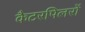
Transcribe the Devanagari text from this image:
कैटरपिलरों